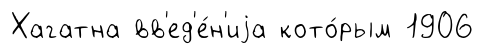
Хагатна вв'ед'е́н'иjа кото́рым 1906